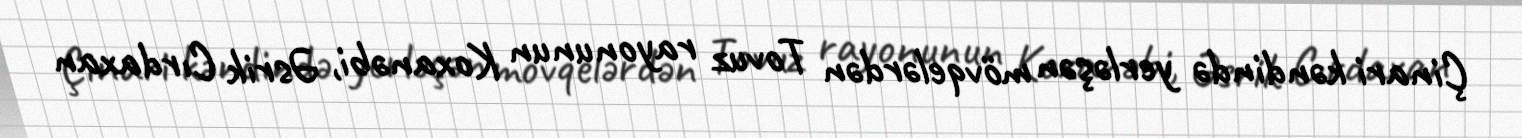
Çinari kəndində yerləşən mövqelərdən Tovuz rayonunun Koxanəbi, Əsrik Cırdaxan